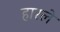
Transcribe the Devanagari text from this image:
हारले